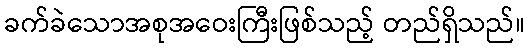
ခက်ခဲသောအစုအဝေးကြီးဖြစ်သည့် တည်ရှိသည်။